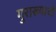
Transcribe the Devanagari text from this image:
गुराख्याची